Lunatic asylums Madras 1892-1911 - 1892-1911
Year: 1892
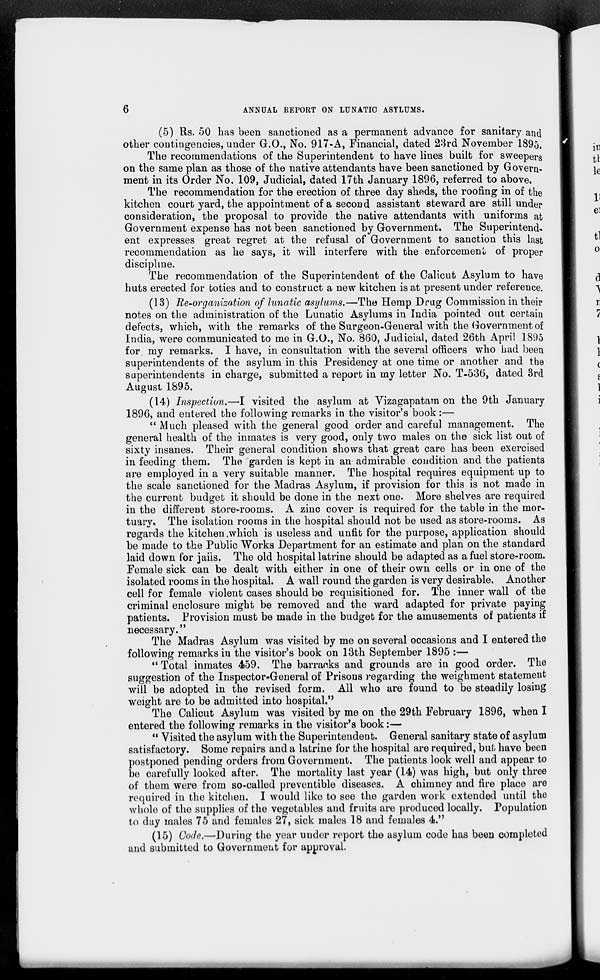
ANNUAL REPORT ON LUNATIC ASYLUMS.
(5) Rs. 50 has been sanctioned as a permanent advance for sanitary and
other contingencies, under G.O., No. 917-A, Financial, dated 23rd November 1895,
The recommendations of the Superintendent to have lines built for sweepers
on the same plan as those of the native attendants have been sanctioned by Govern-
ment in its Order No. 109, Judicial, dated 17th January 1896, referred to above.
The recommendation for the erection of three day sheds, the roofing in of the
kitchen court yard, the appointment of a second assistant steward are still under
consideration, the proposal to provide the native attendants with uniforms at
Government expense has not been sanctioned by Government. The Superintend-
ent expresses great regret at the refusal of Government to sanction this last
recommendation as he says, it will interfere with the enforcement of proper
discipline.
The recommendation of the Superintendent of the Calicut Asylum to have
huts erected for boties and to construct a new kitchen is at present under reference.
(13) Re-organization of lunatic asylums.—The Hemp Drug Commission in their
notes on the administration of the Lunatic Asylums in India pointed out certain
defects, which, with the remarks of the Surgeon-General with the Government of
India, were communicated to me in G.O., No. 860, Judicial, dated 26th April 1895
for my remarks. I have, in consultation with the several officers who had been
superintendents of the asylum in this Presidency at one time or another and the
superintendents in charge, submitted a report in my letter No. T-536, dated 3rd
August 1895.
(14) Inspection.—I visited the asylum at Vizagapatam on the 9th January
1896, and entered the following remarks in the visitor's book:—
" Much pleased with the general good order and careful management. The
general health of the inmates is very good, only two males on the sick list out of
sixty insanes. Their general condition shows that great care has been exercised
in feeding them. The garden is kept in an admirable condition and the patients
are employed in a very suitable manner. The hospital requires equipment up to
the scale sanctioned for the Madras Asylum, if provision for this is not made in
the current budget it should be done in the next one. More shelves are required
in the different store-rooms. A zinc cover is required for the table in the mor-
tuary. The isolation rooms in the hospital should not be used as store-rooms. As
regards the kitchen .which is useless and unfit for the purpose, application should
be made to the Public Works Department for an estimate and plan on the standard
laid down for jails. The old hospital latrine should be adapted as a fuel store-room.
Female sick can be dealt with either in one of their own cells or in one of the
isolated rooms in the hospital. A wall round the garden is very desirable. Another
cell for female violent cases should be requisitioned for. The inner wall of the
criminal enclosure might be removed and the ward adapted for private paying
patients. Provision must be made in the budget for the amusements of patients if
necessary."
The Madras Asylum was visited by me on several occasions and I entered the
following remarks in the visitor's book on 13th September 1895 :—
" Total inmates 459. The barracks and grounds are in good order. The
suggestion of the Inspector-General of Prisons regarding the weighment statement
will be adopted in the revised form. All who are found to be steadily losing
weight are to be admitted into hospital."
The Calicut Asylum was visited by me on the 29th February 1896, when I
entered the following remarks in the visitor's book:—
" Visited the asylum with the Superintendent. General sanitary state of asylum
satisfactory. Some repairs and a latrine for the hospital are required, but have been
postponed pending orders from Government. The patients look well and appear to
be carefully looked after. The mortality last year (14) was high, but only three
of them were from so-called preventible diseases. A chimney and fire place are
required in the kitchen. I would like to see the garden work extended until the
whole of the supplies of the vegetables and fruits are produced locally. Population
to day males 75 and females 27, sick males 18 and females 4."
(15) Code.—During the year under report the asylum code has been completed
and submitted to Government for approval.